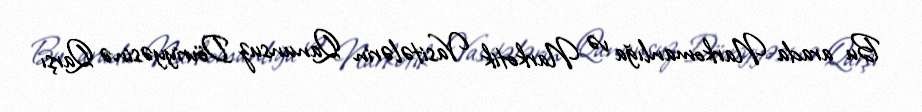
Bu arada Narkomanlığa və Narkotik Vasitələrin Qanunsuz Dövriyyəsinə Qarşı